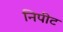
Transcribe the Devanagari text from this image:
निपीट